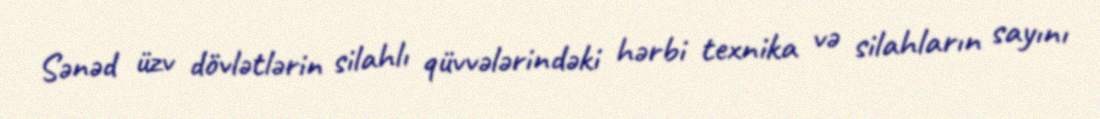
Sənəd üzv dövlətlərin silahlı qüvvələrindəki hərbi texnika və silahların sayını